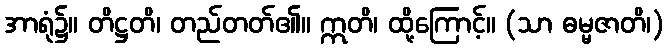
အာရုံ၌။ တိဋ္ဌတိ၊ တည်တတ်၏။ ဣတိ၊ ထို့ကြောင့်။ (သာ ဓမ္မဇာတိ၊)